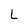
Character: L